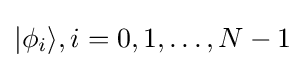
|\phi _{i}\rangle ,i=0,1,\ldots ,N-1